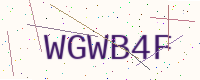
Text: WGWB4F